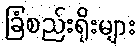
ခြံစည်းရိုးများ